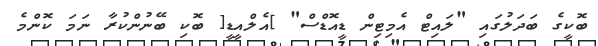
ބޮކީގެ ބަދަލުގައި "ލައިޓް އެމިޓިން ޑީއޮޑްސް" ]އެލްއީޑީ[ ބޮކި ބޭނުންކުރާ ނަމަ ކޮންމެ